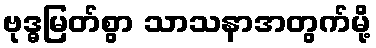
ဗုဒ္ဓမြတ်စွာ သာသနာအတွက်မို့